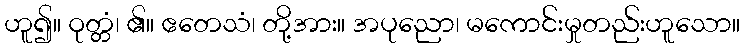
ဟူ၍။ ဝုတ္တံ၊ ၏။ ဧတေသံ၊ တို့အား။ အပုညော၊ မကောင်းမှုတည်းဟူသော။